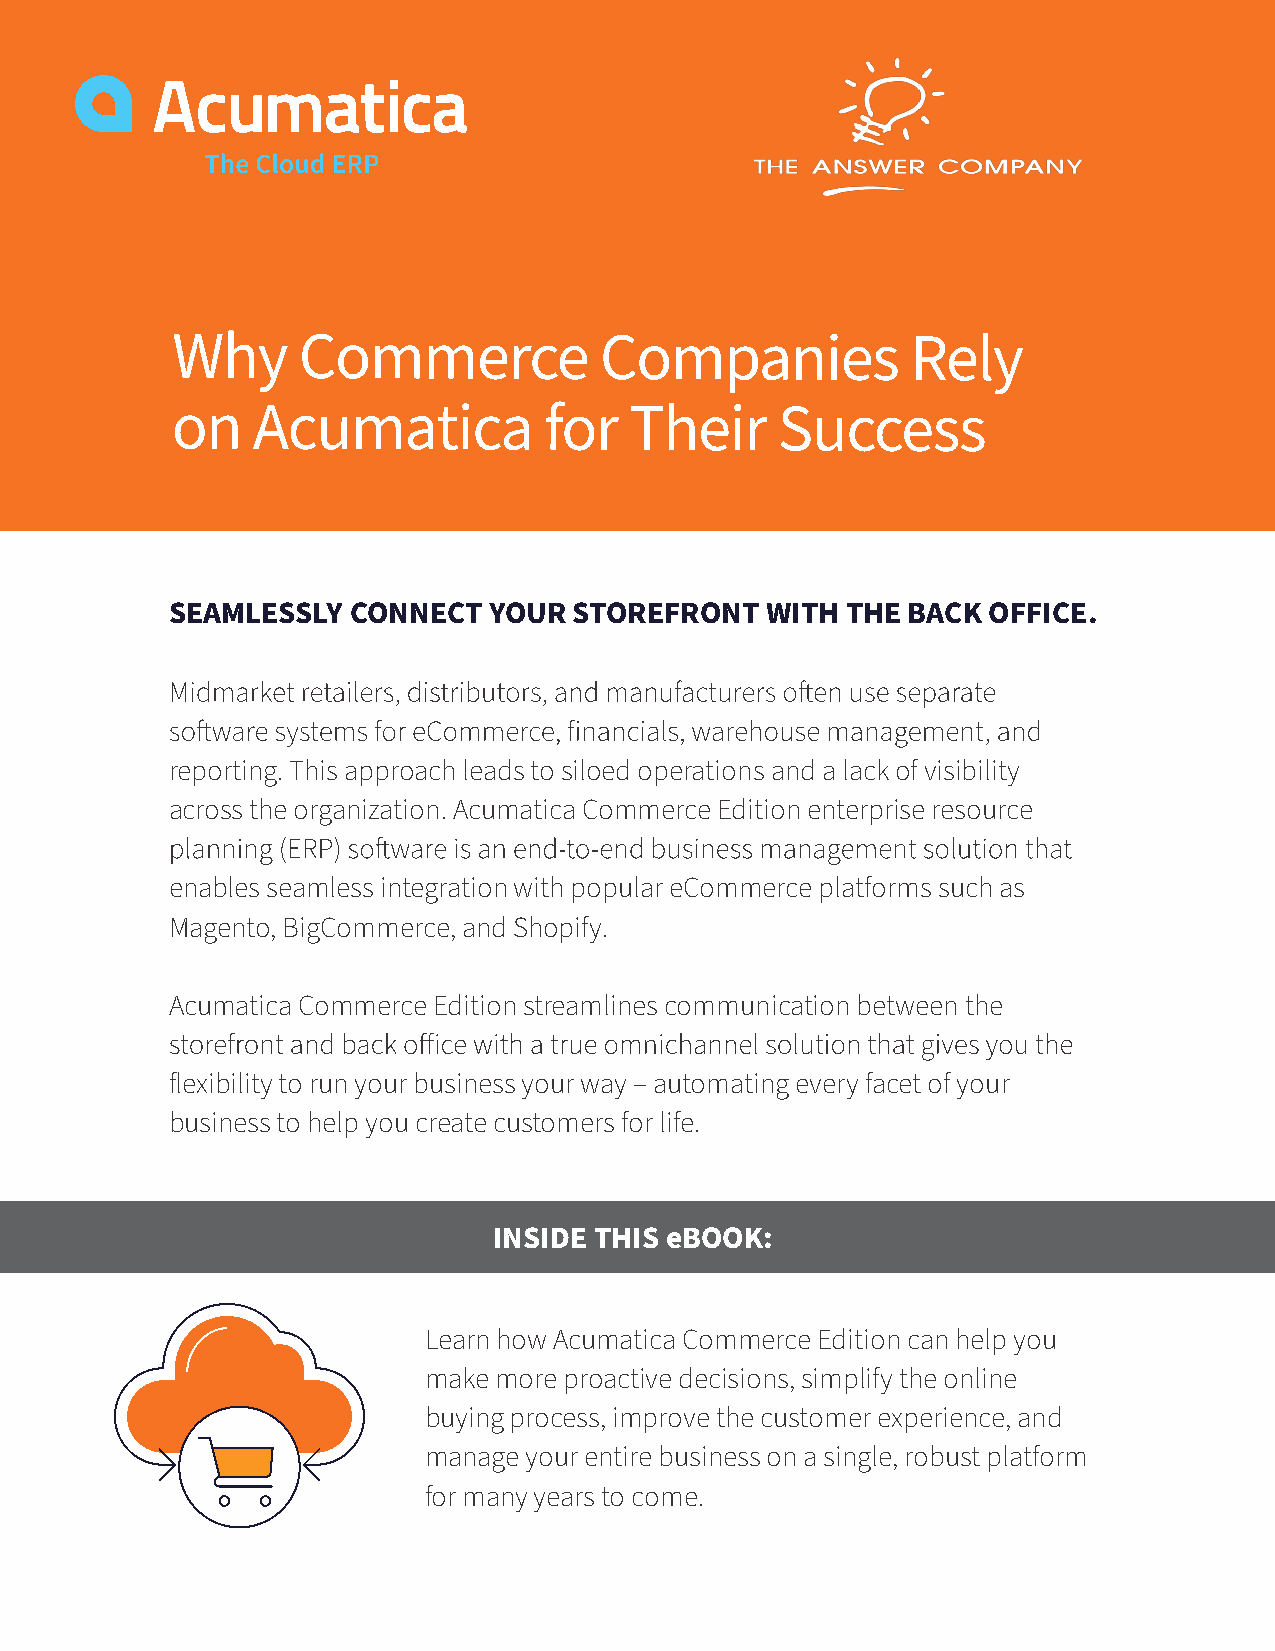
Why      Commerce            Companies           Rely
 on    Acumatica          for   Their    Success
 SEAMLESSLY  CONNECT  YOUR  STOREFRONT   WITH THE BACK OFFICE.
 reporting. This approach leads to siloed operations and a lack of visibility
 across the organization. Acumatica Commerce Edition enterprise resource
 enables seamless integration with popular eCommerce platforms such as
 Magento, BigCommerce, and Shopify.
 Acumatica Commerce Edition streamlines communication between the
 flexibility to run your business your way – automating every facet of your
 business to help you create customers for life.
 INSIDE THIS eBOOK:
 Learn how Acumatica Commerce Edition can help you
 make more proactive decisions, simplify the online
 buying process, improve the customer experience, and
 manage your entire business on a single, robust platform
 for many years to come.